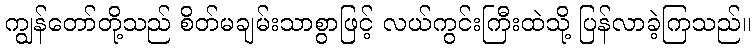
ကျွန်တော်တို့သည် စိတ်မချမ်းသာစွာဖြင့် လယ်ကွင်းကြီးထဲသို့ ပြန်လာခဲ့ကြသည်။